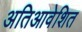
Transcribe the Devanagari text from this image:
अतिआवेशित